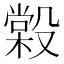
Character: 𣪿